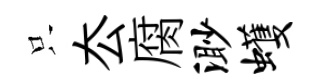
只厺腐渺蠖